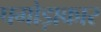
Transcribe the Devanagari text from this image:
पगोड़ाकार